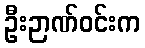
ဦးဉာဏ်ဝင်းက